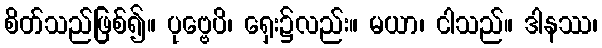
စိတ်သည်ဖြစ်၍။ ပုဗ္ဗေပိ၊ ရှေး၌လည်း။ မယာ၊ ငါသည်။ ဒါနဿ၊